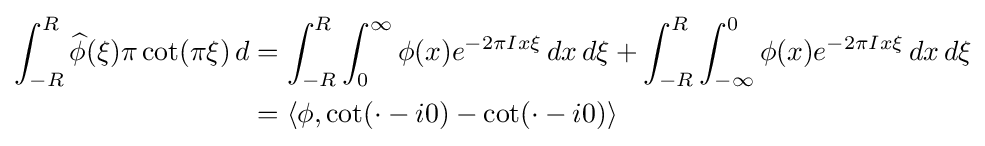
{\begin{aligned}\int _{-R}^{R}{\widehat {\phi }}(\xi )\pi \operatorname {cot} (\pi \xi )\,d&=\int _{-R}^{R}\int _{0}^{\infty }\phi (x)e^{-2\pi Ix\xi }\,dx\,d\xi +\int _{-R}^{R}\int _{-\infty }^{0}\phi (x)e^{-2\pi Ix\xi }\,dx\,d\xi \\&=\langle \phi ,\cot(\cdot -i0)-\cot(\cdot -i0)\rangle \end{aligned}}